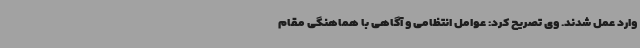
وارد عمل شدند. وی تصریح کرد: عوامل انتظامی و آگاهی با هماهنگی مقام